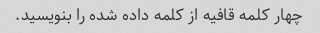
چهار کلمه قافیه از کلمه داده شده را بنویسید.